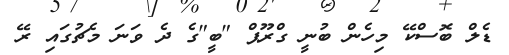
ޑެލް ބޮސްކޭ މިހެން ބުނީ ގްރޫޕް "ބީ"ގެ ދެ ވަނަ މެޗުގައި ރޭ